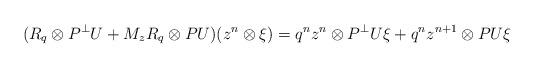
LaTeX: \begin{align*}(R_{ q}\otimes P^\perp U + M_zR_{ q}\otimes P U)(z^n\otimes \xi)= q^nz^n\otimes P^\perp U \xi + q^nz^{n+1}\otimes PU\xi\end{align*}